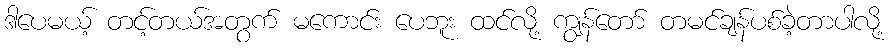
ဒါပေမယ့် တင့်တယ်အတွက် မကောင်း ပေဘူး ထင်လို့ ကျွန်တော် တမင်ချန်ပစ်ခဲ့တာပါလို့